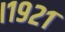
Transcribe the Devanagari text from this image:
।१९२१